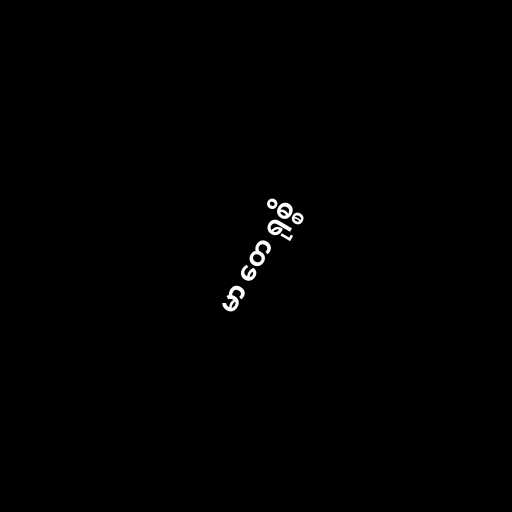
မာ တေ ရုစ္စိ